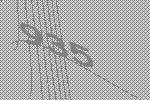
935